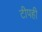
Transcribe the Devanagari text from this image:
टीपही